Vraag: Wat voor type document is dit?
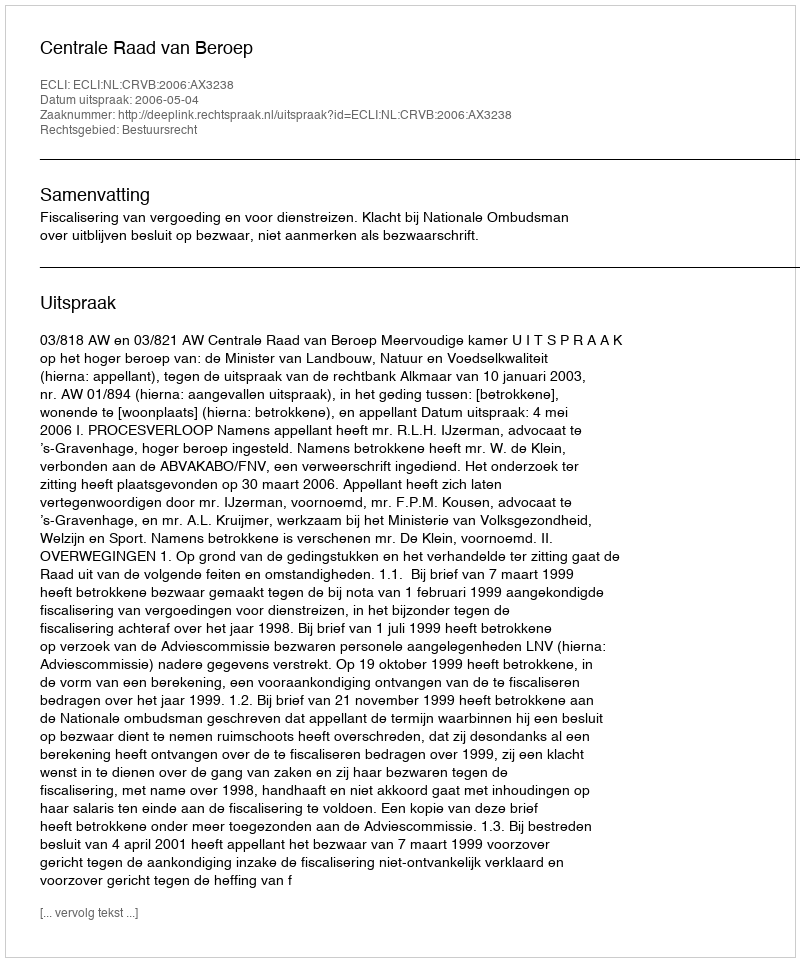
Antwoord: Uitspraak